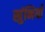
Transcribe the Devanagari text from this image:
खुंभियाँ